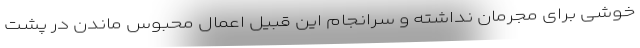
خوشی برای مجرمان نداشته و سرانجام این قبیل اعمال محبوس ماندن در پشت